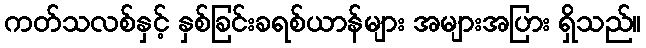
ကတ်သလစ်နှင့် နှစ်ခြင်းခရစ်ယာန်များ အများအပြား ရှိသည်။